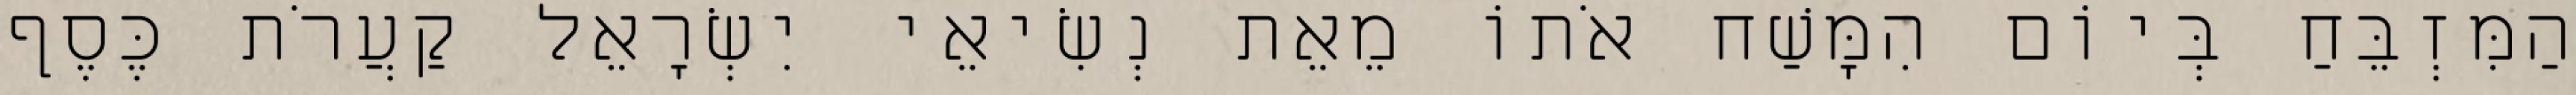
הַמִּזְבֵּחַ בְּיוֹם הִמָּשַׁח אֹתוֹ מֵאֵת נְשִׂיאֵי יִשְׂרָאֵל קַעֲרֹת כֶּסֶף